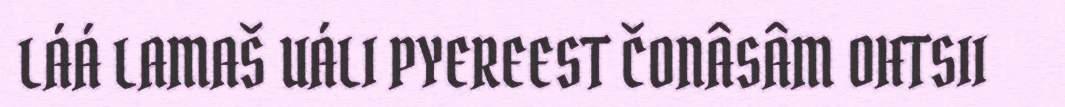
LÁÁ LAMAŠ UÁLI PYEREEST ČONÂSÂM OHTSII